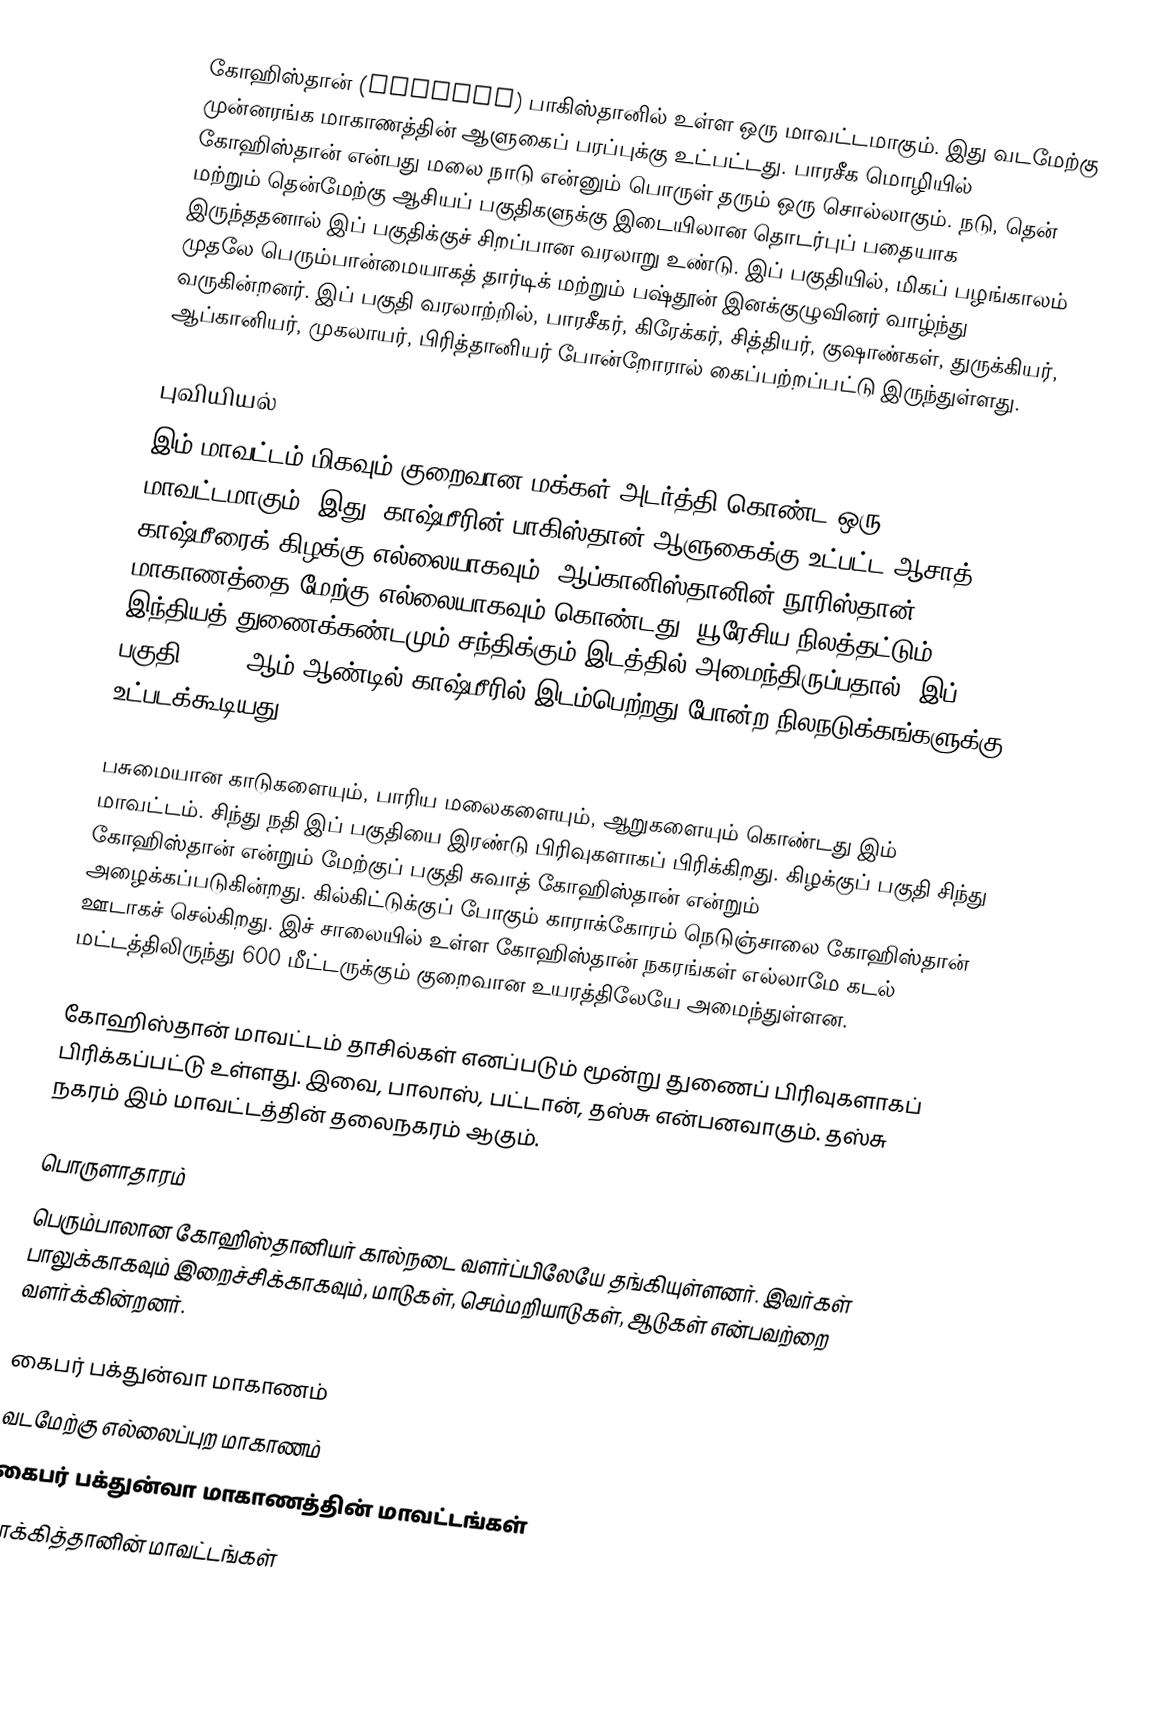
கோஹிஸ்தான் (کوہستان) பாகிஸ்தானில் உள்ள ஒரு மாவட்டமாகும். இது வடமேற்கு முன்னரங்க மாகாணத்தின் ஆளுகைப் பரப்புக்கு உட்பட்டது. பாரசீக மொழியில் கோஹிஸ்தான் என்பது மலை நாடு என்னும் பொருள் தரும் ஒரு சொல்லாகும். நடு, தென் மற்றும் தென்மேற்கு ஆசியப் பகுதிகளுக்கு இடையிலான தொடர்புப் பதையாக இருந்ததனால் இப் பகுதிக்குச் சிறப்பான வரலாறு உண்டு. இப் பகுதியில், மிகப் பழங்காலம் முதலே பெரும்பான்மையாகத் தார்டிக் மற்றும் பஷ்தூன் இனக்குழுவினர் வாழ்ந்து வருகின்றனர். இப் பகுதி வரலாற்றில், பாரசீகர், கிரேக்கர், சித்தியர், குஷாண்கள், துருக்கியர், ஆப்கானியர், முகலாயர், பிரித்தானியர் போன்றோரால் கைப்பற்றப்பட்டு இருந்துள்ளது.

புவியியல்
இம் மாவட்டம் மிகவும் குறைவான மக்கள் அடர்த்தி கொண்ட ஒரு மாவட்டமாகும். இது, காஷ்மீரின் பாகிஸ்தான் ஆளுகைக்கு உட்பட்ட ஆசாத் காஷ்மீரைக் கிழக்கு எல்லையாகவும், ஆப்கானிஸ்தானின் நூரிஸ்தான் மாகாணத்தை மேற்கு எல்லையாகவும் கொண்டது. யூரேசிய நிலத்தட்டும், இந்தியத் துணைக்கண்டமும் சந்திக்கும் இடத்தில் அமைந்திருப்பதால், இப் பகுதி, 2005 ஆம் ஆண்டில் காஷ்மீரில் இடம்பெற்றது போன்ற நிலநடுக்கங்களுக்கு உட்படக்கூடியது.

பசுமையான காடுகளையும், பாரிய மலைகளையும், ஆறுகளையும் கொண்டது இம் மாவட்டம். சிந்து நதி இப் பகுதியை இரண்டு பிரிவுகளாகப் பிரிக்கிறது. கிழக்குப் பகுதி சிந்து கோஹிஸ்தான் என்றும் மேற்குப் பகுதி சுவாத் கோஹிஸ்தான் என்றும் அழைக்கப்படுகின்றது. கில்கிட்டுக்குப் போகும் காராக்கோரம் நெடுஞ்சாலை கோஹிஸ்தான் ஊடாகச் செல்கிறது. இச் சாலையில் உள்ள கோஹிஸ்தான் நகரங்கள் எல்லாமே கடல் மட்டத்திலிருந்து 600 மீட்டருக்கும் குறைவான உயரத்திலேயே அமைந்துள்ளன.

கோஹிஸ்தான் மாவட்டம் தாசில்கள் எனப்படும் மூன்று துணைப் பிரிவுகளாகப் பிரிக்கப்பட்டு உள்ளது. இவை, பாலாஸ், பட்டான், தஸ்சு என்பனவாகும். தஸ்சு நகரம் இம் மாவட்டத்தின் தலைநகரம் ஆகும்.

பொருளாதாரம்
பெரும்பாலான கோஹிஸ்தானியர் கால்நடை வளர்ப்பிலேயே தங்கியுள்ளனர். இவர்கள் பாலுக்காகவும் இறைச்சிக்காகவும், மாடுகள், செம்மறியாடுகள், ஆடுகள் என்பவற்றை வளர்க்கின்றனர்.

கைபர் பக்துன்வா மாகாணம்
வடமேற்கு எல்லைப்புற மாகாணம்
கைபர் பக்துன்வா மாகாணத்தின் மாவட்டங்கள்
பாக்கித்தானின் மாவட்டங்கள்